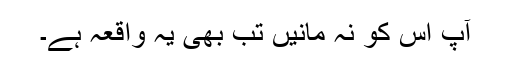
آپ اس کو نہ مانیں تب بھی یہ واقعہ ہے۔